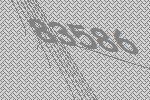
83586